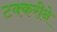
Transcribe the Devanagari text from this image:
टक्करीने